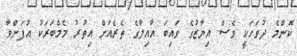
ކޮންމެ ދުވަހަކީ ވެސް އިޔާޒުގެ ވައިބަ އާއިލާގެ ތެރެއަށް އިތުރު މެމްބަރަކު އުފަންވާ